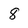
Character: 8